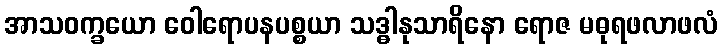
အာသဝက္ခယော ဝေါရောပနပစ္စယာ သဒ္ဓါနုသာရိနော ရောဇ မဓုရဖလာဖလံ